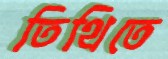
তিথিতে